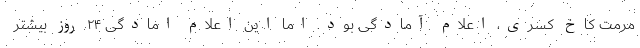
مرمت کاخ کسری، اعلام آمادگی بود. اما این اعلام امادگی ۲۴ روز بیشتر